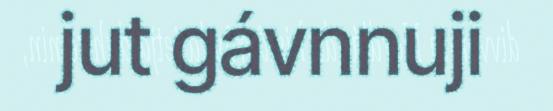
jut gávnnuji